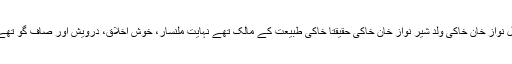
گل نواز خان خاکی ولد شیر نواز خان خاکی حقیقتاً خاکی طبیعت کے مالک تھے نہایت ملنسار، خوش اخلاق، درویش اور صاف گو تھے۔